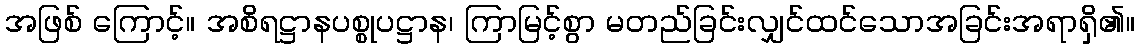
အဖြစ် ကြောင့်။ အစိရဋ္ဌာနပစ္စုပဋ္ဌာန၊ ကြာမြင့်စွာ မတည်ခြင်းလျှင်ထင်သောအခြင်းအရာရှိ၏။